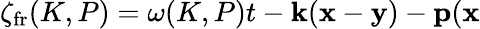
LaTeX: \zeta_{\mathrm{fr}}(K,P)=\omega(K,P)t-{\mathbf k}({\mathbf x}-{\mathbf y})-{\mathbf p}({\mathbf x}